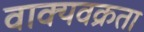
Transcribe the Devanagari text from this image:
वाक्यवक्रता